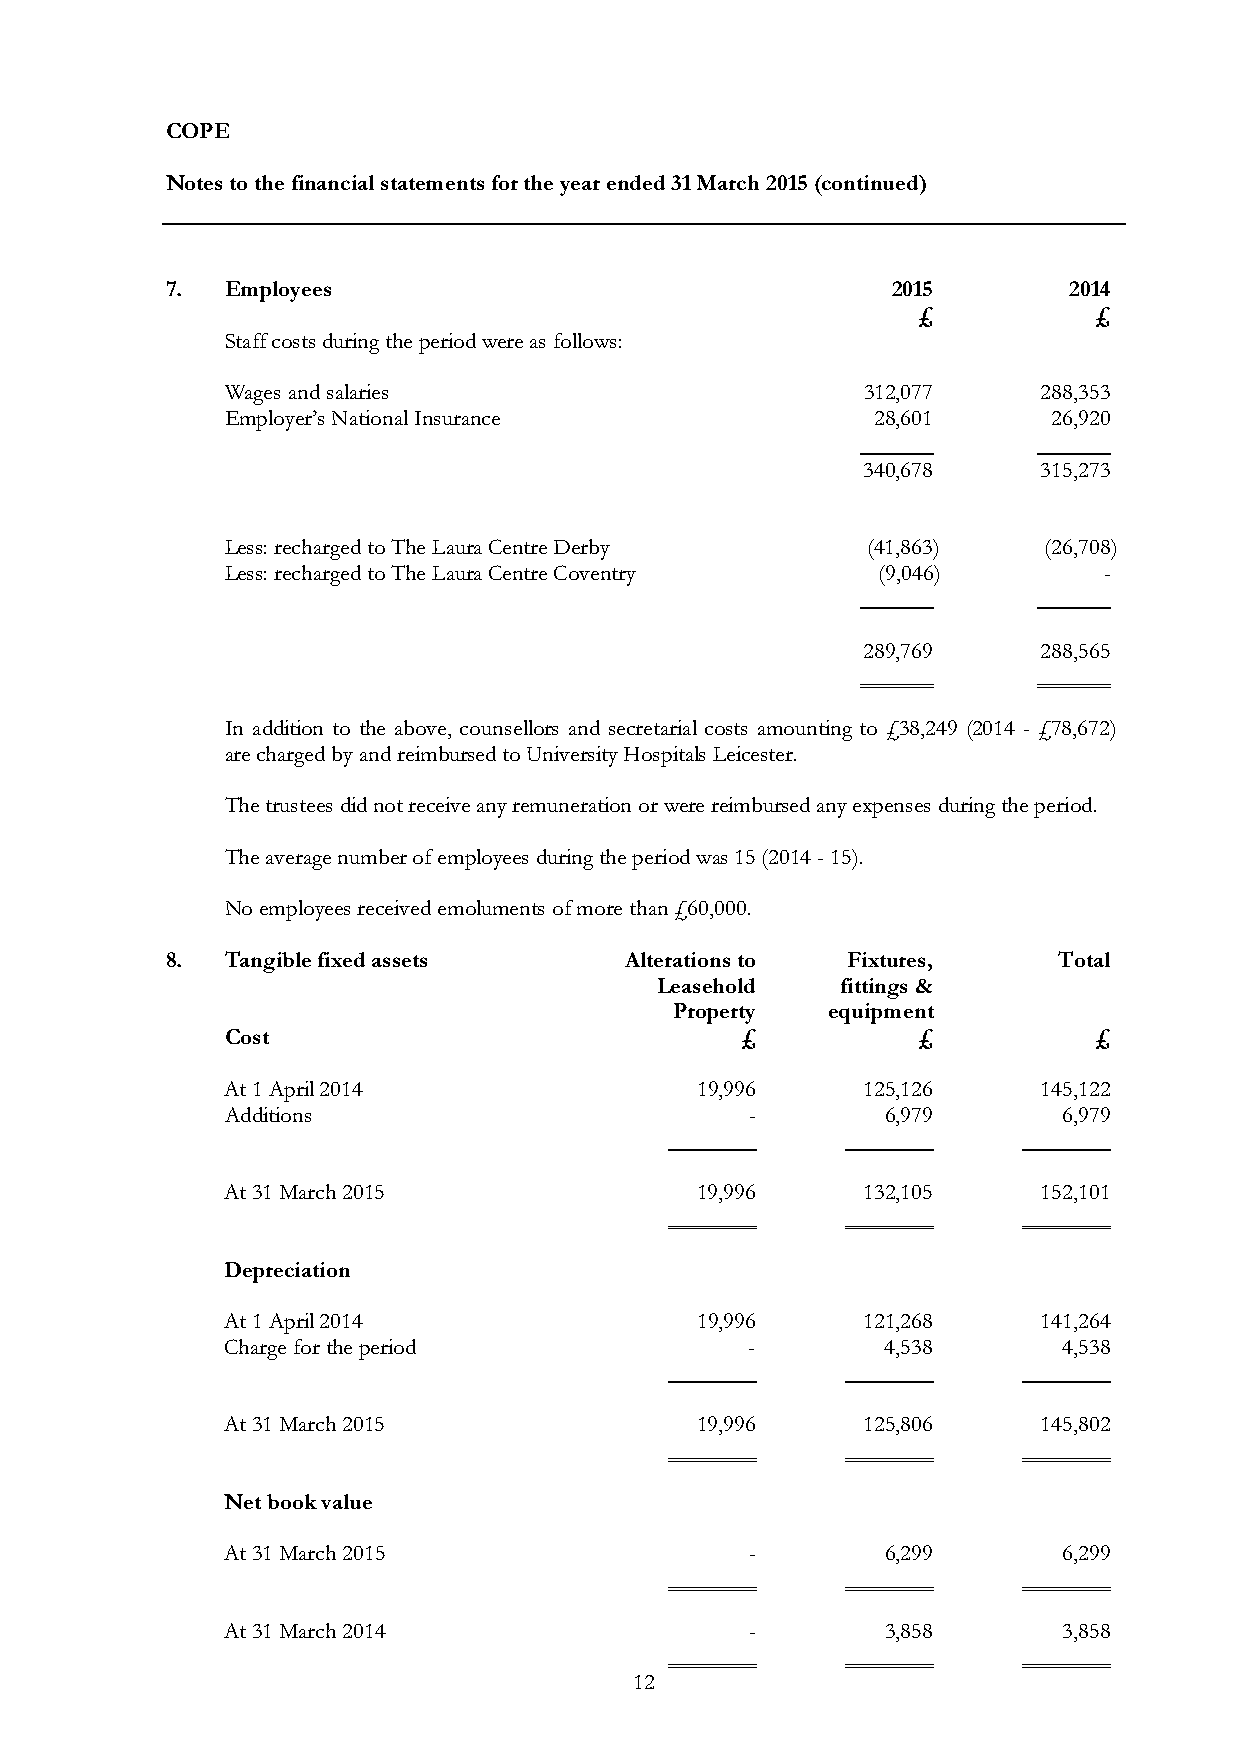
COPE
 Notes to the financial statements for the year ended 31 March 2015 (continued)
 7.  Employees                                   2015        2014
 £          £
 Staff costs during the period were as follows:
 Wages and salaries                        312,077     288,353
 Employer’s National Insurance              28,601      26,920
 340,678     315,273
 Less: recharged to The Laura Centre Derby (41,863)    (26,708)
 Less: recharged to The Laura Centre Coventry (9,046)      -
 289,769     288,565
 In addition to the above, counsellors and secretarial costs amounting to £38,249 (2014 - £78,672)
 are charged by and reimbursed to University Hospitals Leicester.
 The trustees did not receive any remuneration or were reimbursed any expenses during the period.
 The average number of employees during the period was 15 (2014 - 15).
 No employees received emoluments of more than £60,000.
 8.  Tangible fixed assets     Alterations to Fixtures,     Total
 Leasehold    fittings &
 Property  equipment
 Cost                              £           £          £
 At 1 April 2014                19,996     125,126     145,122
 Additions                          -        6,979      6,979
 At 31 March 2015               19,996     132,105     152,101
 Depreciation
 At 1 April 2014                19,996     121,268     141,264
 Charge for the period              -        4,538      4,538
 At 31 March 2015               19,996     125,806     145,802
 Net book value
 At 31 March 2015                   -        6,299      6,299
 At 31 March 2014                   -        3,858      3,858
 12